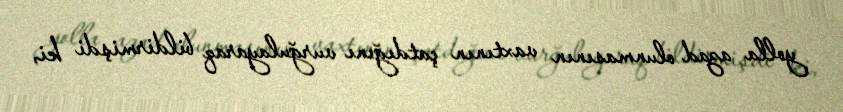
yolla azad olunmasının vaxtının çatdığını vurğulayaraq bildirmişdi ki,